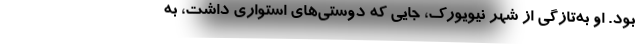
بود. او به‌تازگی از شهر نیویورک، جایی که دوستی‌های استواری داشت، به